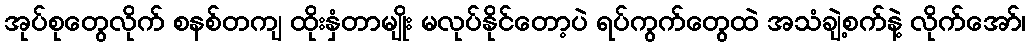
အုပ်စုတွေလိုက် စနစ်တကျ ထိုးနှံတာမျိုး မလုပ်နိုင်တော့ပဲ ရပ်ကွက်တွေထဲ အသံချဲ့စက်နဲ့ လိုက်အော်၊